Lunatic asylums United Provinces 1909-1921 - 1909-1921
Year: 1909
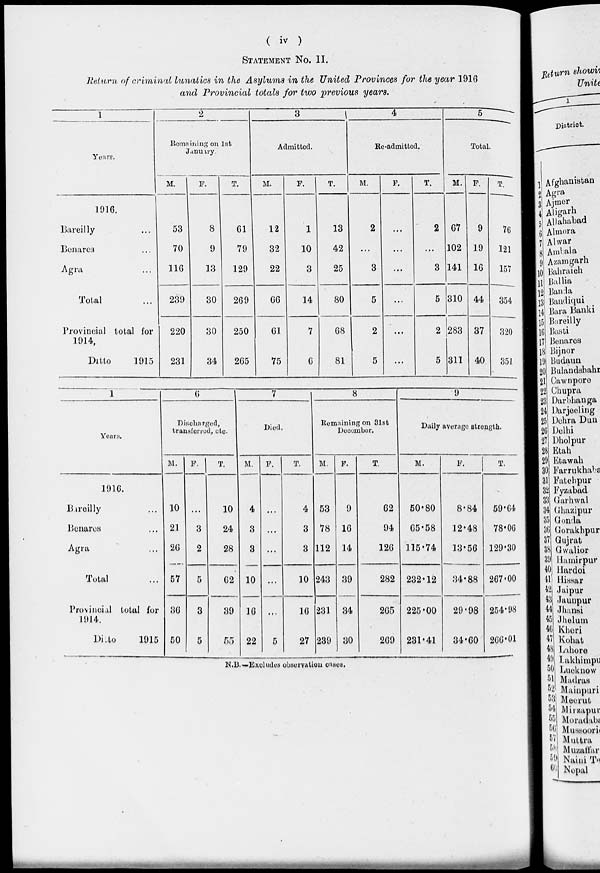
( iv )
STATEMENT No. II.
Return of criminal lunatics in the Asylums in the United Provinces for the year 1916
and Provincial totals for two previous years.
1
Years.
1916.
Bareilly ...
Benares ...
Agra ...
Total ...
Provincial total for
1914.
Ditto
1915
2
Remaining on 1st
January.
M.
53
70
116
239
220
231
F.
8
9
13
30
30
34
T.
61
79
129
269
250
265
3
Admitted.
M.
12
32
22
66
61
75
F.
1
10
3
14
7
6
T.
13
42
25
80
68
81
4
Re-admitted.
M.
2
...
3
5
2
5
F.
…
...
…
…
…
...
T.
2
…
3
5
2
5
5
Total.
M.
67
102
141
310
283
311
F.
9
19
16
44
37
40
T.
76
121
157
354
320
351
1
Years.
1916.
Bareilly ...
Benares …
Agra …
Total …
Provincial total for
1914.
Ditto
1915
6
Discharged,
transferred, etc.
M.
10
21
26
57
36
50
F.
...
3
2
5
3
5
T.
10
24
28
62
39
55
7
Died.
M.
4
3
3
10
16
22
F.
…
…
...
…
…
5
T.
4
3
3
10
16
27
8
Remaining on 31st
December.
M.
53
78
112
243
231
239
F.
9
16
14
39
34
30
T.
62
94
126
282
265
269
9
Daily average strength.
M.
50.80
65.58
115.74
232.12
225.00
231.41
F.
8.84
12.48
13.56
34.88
29.98
34.60
T.
59.64
78.06
129.30
267.00
254.98
266.01
N.B.—Excludes observation cases.